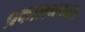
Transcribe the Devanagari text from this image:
प्रकाशनकाल